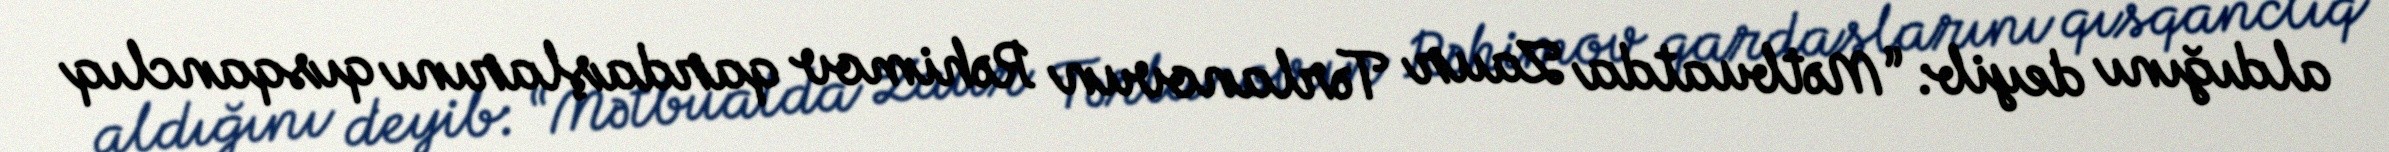
aldığını deyib: “Mətbuatda Zaur Tərlanovun Rəhimov qardaşlarını qısqanclıq